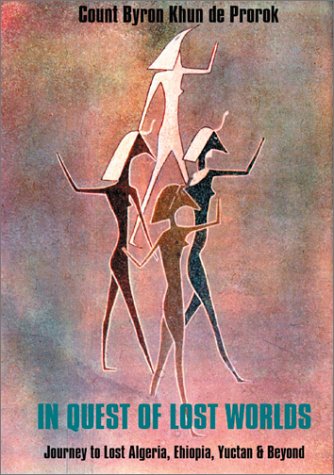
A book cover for In Quest of Lost Worlds; Byron Khun De Prorok; Travel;